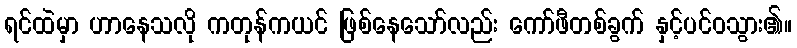
ရင်ထဲမှာ ဟာနေသလို ကတုန်ကယင် ဖြစ်နေသော်လည်း ကော်ဖီတစ်ခွက် နှင့်ပင်ဝသွား၏။